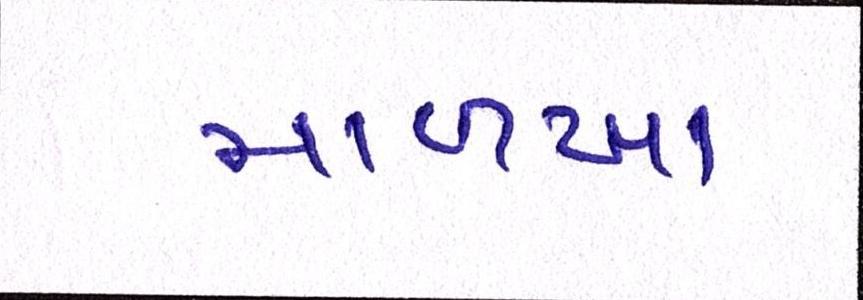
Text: માળખા